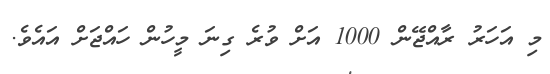
މި އަހަރު ރާއްޖޭން 1000 އަށް ވުރެ ގިނަ މީހުން ހައްޖަށް އައެވެ.